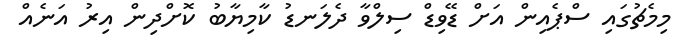
މިމެޗުގައި ސްޕެއިން އަށް ޑޭވިޑް ސިލްވާ ދެލަނޑު ކާމިޔާބު ކޮށްދިން އިރު އަނެއް